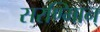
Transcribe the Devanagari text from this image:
सरण्मािन्‌